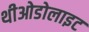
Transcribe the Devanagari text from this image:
थीओडोलाइट